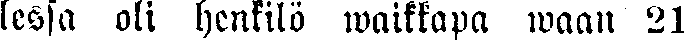
lessa oli henkilö waikkapa waan 21